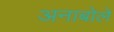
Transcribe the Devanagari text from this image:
अनाबोले